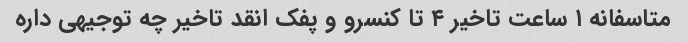
متاسفانه ۱ ساعت تاخیر ۴ تا کنسرو و پفک انقد تاخیر چه توجیهی داره